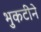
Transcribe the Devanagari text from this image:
भुकटीने